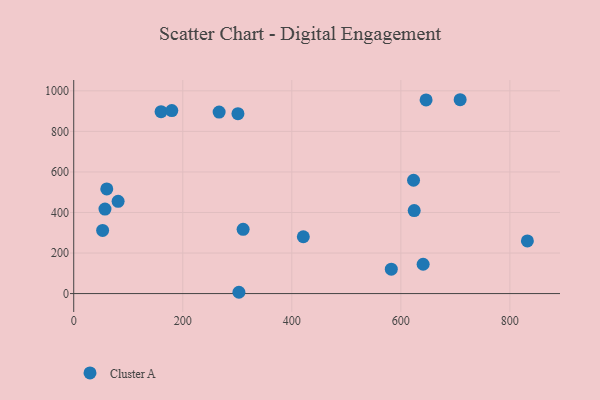
{"axis": {"x": "Investment", "y": "Salary"}, "legend": ["Cluster A"], "data": [{"x": "301.2", "y": 887.2, "type": "Cluster A"}, {"x": "303.0", "y": 6.4, "type": "Cluster A"}, {"x": "266.7", "y": 895.2, "type": "Cluster A"}, {"x": "832.1", "y": 259.7, "type": "Cluster A"}, {"x": "582.5", "y": 120.3, "type": "Cluster A"}, {"x": "160.2", "y": 897.2, "type": "Cluster A"}, {"x": "421.1", "y": 280.2, "type": "Cluster A"}, {"x": "708.8", "y": 956.2, "type": "Cluster A"}, {"x": "646.3", "y": 955.2, "type": "Cluster A"}, {"x": "310.7", "y": 316.8, "type": "Cluster A"}, {"x": "624.5", "y": 409.2, "type": "Cluster A"}, {"x": "623.3", "y": 559.1, "type": "Cluster A"}, {"x": "640.9", "y": 144.7, "type": "Cluster A"}, {"x": "57.3", "y": 416.8, "type": "Cluster A"}, {"x": "60.6", "y": 516.1, "type": "Cluster A"}, {"x": "81.4", "y": 455.0, "type": "Cluster A"}, {"x": "53.0", "y": 311.3, "type": "Cluster A"}, {"x": "179.9", "y": 902.8, "type": "Cluster A"}]}